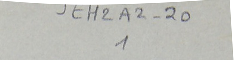
JEH2A2-201